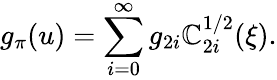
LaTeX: g_{\pi}(u)=\sum_{i=0}^{\infty}g_{2i}\mathbb{C}_{2i}^{1/2}(\xi).